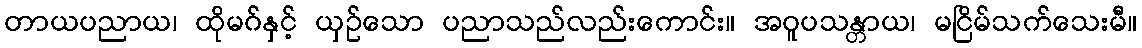
တာယပညာယ၊ ထိုမဂ်နှင့် ယှဉ်သော ပညာသည်လည်းကောင်း။ အဝူပသန္တာယ၊ မငြိမ်သက်သေးမီ။